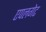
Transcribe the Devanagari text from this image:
एपलगेट